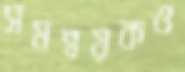
সমন্বয়কও